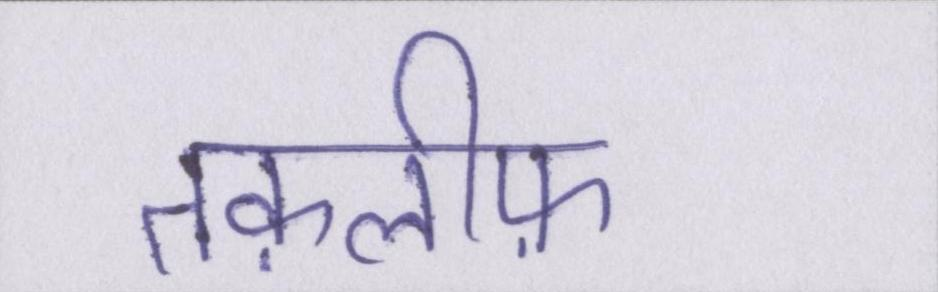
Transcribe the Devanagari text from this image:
तक़लीफ़